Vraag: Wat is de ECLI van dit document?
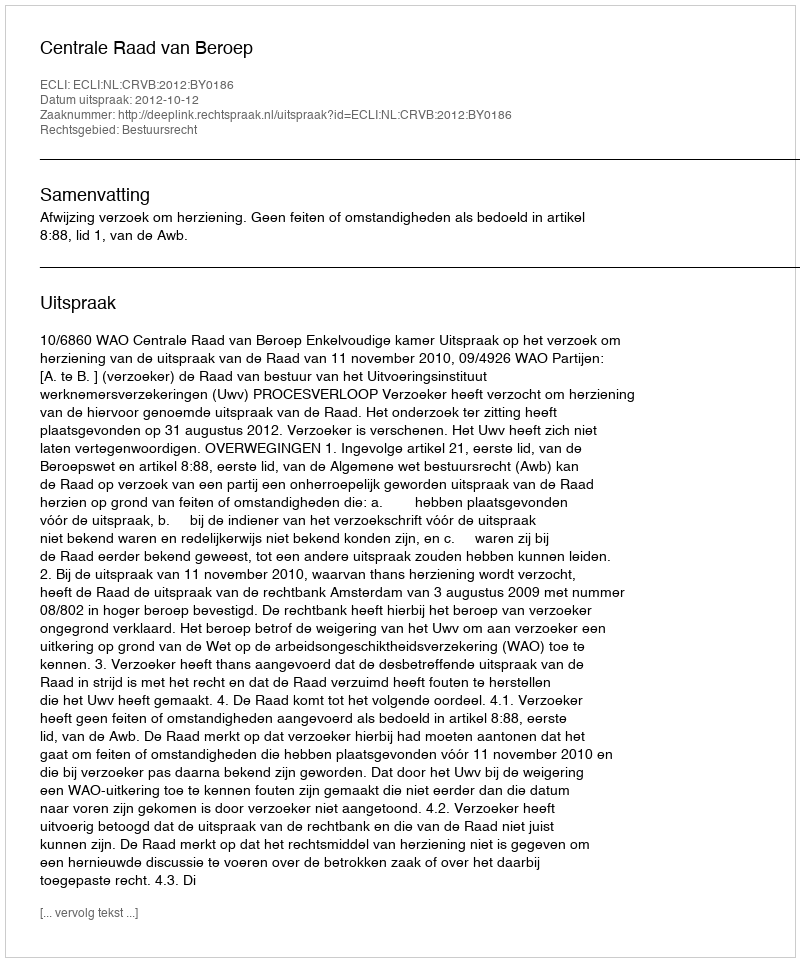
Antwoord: ECLI:NL:CRVB:2012:BY0186